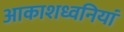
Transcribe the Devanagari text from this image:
आकाशध्वनियां